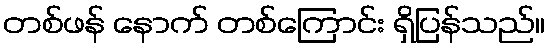
တစ်ဖန် နောက် တစ်ကြောင်း ရှိပြန်သည်။